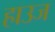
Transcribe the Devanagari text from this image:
हाउज